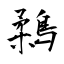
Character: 鶔